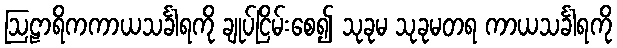
ဩဠာရိကကာယသင်္ခါရကို ချုပ်ငြိမ်းစေ၍ သုခုမ သုခုမတရ ကာယသင်္ခါရကို